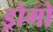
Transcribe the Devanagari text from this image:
ड्रोगो